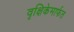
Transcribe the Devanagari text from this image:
वृक्षिकेमार्फत